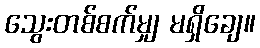
သွေးတစ်စက်မျှ မရှိချေ။